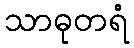
သာဓုတရံ